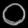
Digit: ၀